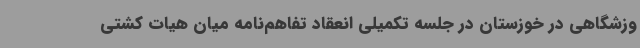
وزشگاهی در خوزستان در جلسه تکمیلی انعقاد تفاهم‌نامه میان هیات کشتی